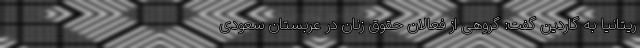
ریتانیا به گاردین گفت: گروهی از فعالان حقوق زنان در عربستان سعودی